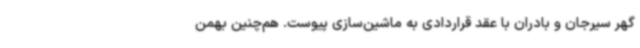
گهر سیرجان و بادران با عقد قراردادی به ماشین‌سازی پیوست. هم‌چنین بهمن